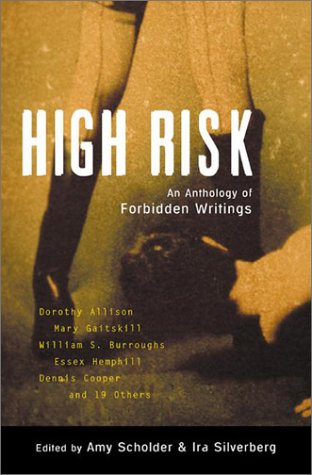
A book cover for High Risk: An Anthology of Forbidden Writings (Plume); Romance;